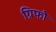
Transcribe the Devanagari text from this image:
ग्रिफो